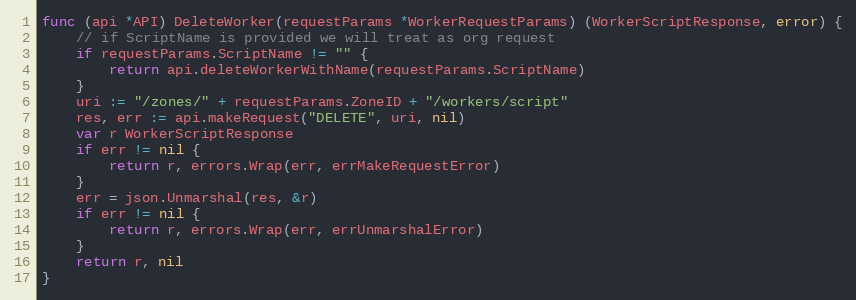
Language: Go
func (api *API) DeleteWorker(requestParams *WorkerRequestParams) (WorkerScriptResponse, error) {
	// if ScriptName is provided we will treat as org request
	if requestParams.ScriptName != "" {
		return api.deleteWorkerWithName(requestParams.ScriptName)
	}
	uri := "/zones/" + requestParams.ZoneID + "/workers/script"
	res, err := api.makeRequest("DELETE", uri, nil)
	var r WorkerScriptResponse
	if err != nil {
		return r, errors.Wrap(err, errMakeRequestError)
	}
	err = json.Unmarshal(res, &r)
	if err != nil {
		return r, errors.Wrap(err, errUnmarshalError)
	}
	return r, nil
}